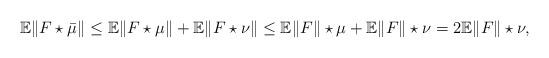
LaTeX: \begin{align*} \mathbb E \|F\star \bar{\mu}\| \leq \mathbb E \|F\star \mu\| + \mathbb E \|F\star \nu\| \leq \mathbb E \|F\|\star \mu + \mathbb E \|F\|\star \nu = 2\mathbb E \|F\|\star \nu, \end{align*}